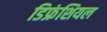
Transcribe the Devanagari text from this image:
डिफ्रंशियल